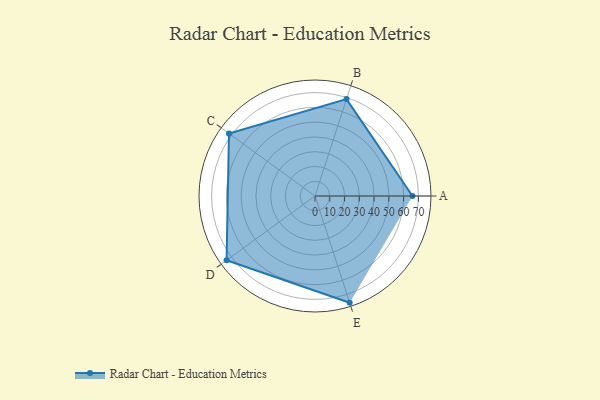
{"axis": {"x": "Skill", "y": "Score"}, "legend": ["Profile"], "data": [{"x": "A", "y": 66.0, "type": "Profile"}, {"x": "B", "y": 69.0, "type": "Profile"}, {"x": "C", "y": 72.0, "type": "Profile"}, {"x": "D", "y": 74.0, "type": "Profile"}, {"x": "E", "y": 76.0, "type": "Profile"}]}